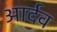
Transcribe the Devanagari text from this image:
आर्दव